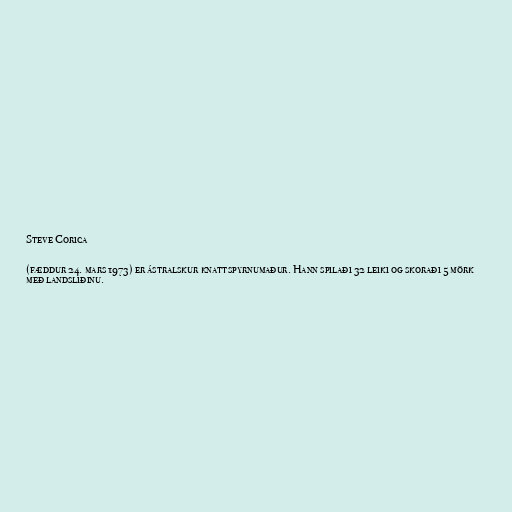
Steve Corica

(fæddur 24. mars 1973) er ástralskur knattspyrnumaður. Hann spilaði 32 leiki og skoraði 5 mörk
með landsliðinu.